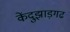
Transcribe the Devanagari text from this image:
केंदुझाड़गढ